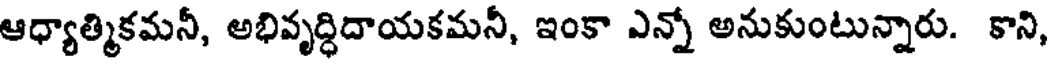
ఆధ్యాత్మికమనీ, అభివృద్ధిదాయకమనీ, ఇంకా ఎన్నో అనుకుంటున్నారు. కాని,